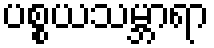
ပစ္စယသမ္ဘာရာ